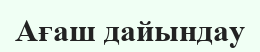
Ағаш дайындау